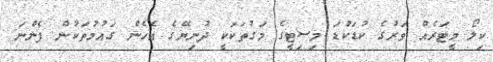
ކިލޯ މީޓަރެއް ވަރުގެ ކުޑަކުޑަ މިސިޓީގެ މަގުތަކަކީ ދުނިޔޭގެ އެހެން ގައުމުތަކުން ފެންނަ